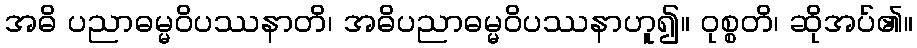
အဓိ ပညာဓမ္မဝိပဿနာတိ၊ အဓိပညာဓမ္မဝိပဿနာဟူ၍။ ဝုစ္စတိ၊ ဆိုအပ်၏။